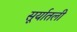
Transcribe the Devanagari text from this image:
सूर्यातली